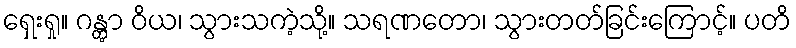
ရှေးရှု။ ဂန္တွာ ဝိယ၊ သွားသကဲ့သို့။ သရဏတော၊ သွားတတ်ခြင်းကြောင့်။ ပတိ